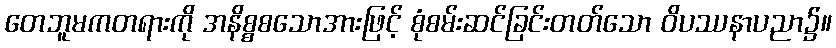
တေဘူမကတရားကို အနိစ္စစသောအားဖြင့် စုံစမ်းဆင်ခြင်းတတ်သော ဝိပဿနာပညာ၌။